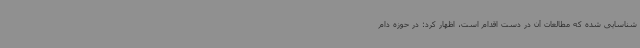
شناسایی شده که مطالعات آن در دست اقدام است، اظهار کرد: در حوزه دام